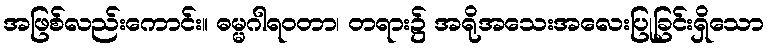
အဖြစ်လည်းကောင်း။ ဓမ္မဂါရဝတာ၊ တရား၌ အရိုအသေးအလေးပြုခြင်းရှိသော